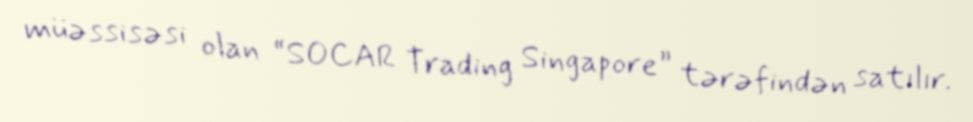
müəssisəsi olan “SOCAR Trading Singapore” tərəfindən satılır.